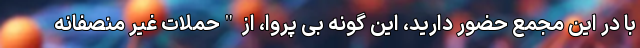
با در این مجمع حضور دارید، این گونه بی پروا، از "حملات غیر منصفانه